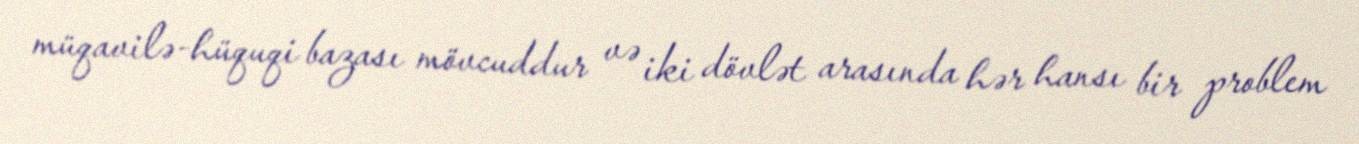
müqavilə-hüquqi bazası mövcuddur və iki dövlət arasında hər hansı bir problem